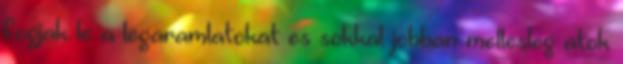
fogjak le a legaramlatokat es sokkal jobban mellesleg atok